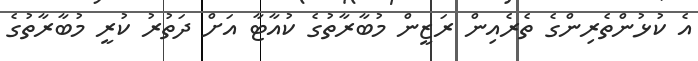
އެ ކުޅުންތެރިންގެ ތެރެއިން ރަޒީން މުބާރާތުގެ ކުއާޓާ އަށް ދަތުރު ކުރީ މުބާރާތުގެ